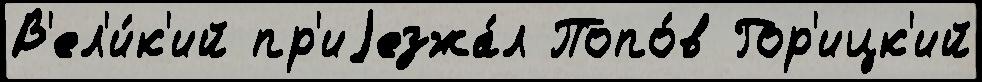
В'ел'и́к'ий пр'иjезжа́л Попо́в Гор'ицк'ий